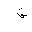
Letter: _qaf